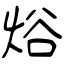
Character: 焀